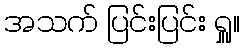
အသက် ပြင်းပြင်း ရှူ။